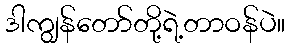
ဒါကျွန်တော်တို့ရဲ့တာဝန်ပဲ။